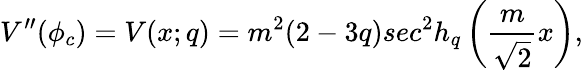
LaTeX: V^{\prime\prime}(\phi_{c})=V(x;q)=m^{2}(2-3q)sec^{2}h_{q}\left(\frac{m}{\sqrt 2}x\right),